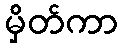
မှိတ်ကာ